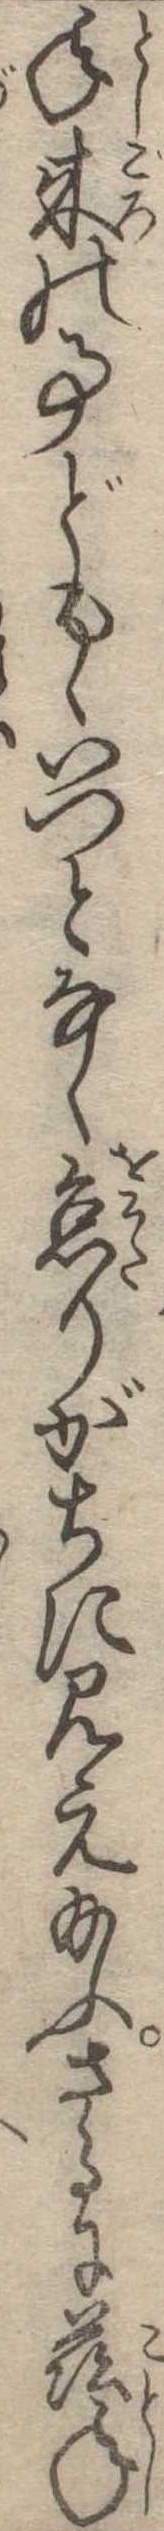
年来の事どもゝいつとなく怠りがちに見え給ふさるに年